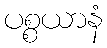
ပစ္စယာနံ